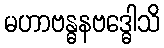
မဟာဗန္ဓနဗဒ္ဓေါသိ